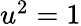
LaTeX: \textstyle u^{2}=1